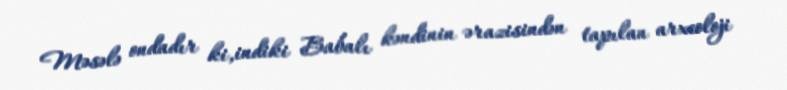
Məsələ ondadır ki,indiki Babalı kəndinin ərazisindən tapılan arxeoloji